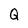
Character: Q